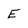
Character: E